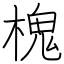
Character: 槐